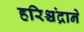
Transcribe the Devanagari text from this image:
हरिश्चंद्राने